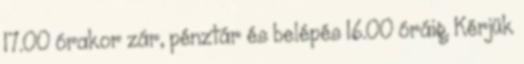
17.00 órakor zár, pénztár és belépés 16.00 óráig. Kérjük